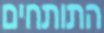
התותחים